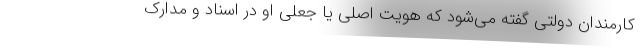
کارمندان دولتی گفته می‌شود که هویت اصلی یا جعلی او در اسناد و مدارک